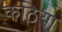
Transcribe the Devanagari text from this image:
कठिया